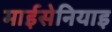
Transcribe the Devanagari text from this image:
माईसेनियाइ